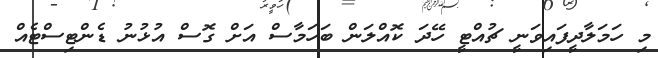
މި ހަމަލާދީފައިވަނީ ޗުއްޓީ ހޭދަ ކޮއްލަން ބަހަމާސް އަށް ގޮސް އުޅުނު ޑެންޓިސްޓެއް